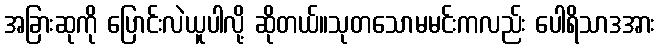
အခြားဆုကို ပြောင်းလဲယူပါလို့ ဆိုတယ်။သုတသောမမင်းကလည်း ပေါရိသာဒအား